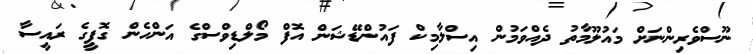
ނޫސްވެރިންނަށް މައުލޫމާތު ދެއްވަމުން އިސްލާމިކް ފައުންޑޭޝަން އޮފް މޯލްޑިވްސްގެ އަންހެން ގޮފީގެ ރައީސާ